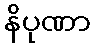
နိပုဏာ